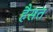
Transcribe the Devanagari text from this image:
हैसत